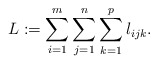
\begin{align*}L:=\sum\limits_{i=1}^m \sum\limits_{j=1}^n \sum\limits_{k=1}^p l_{ijk}. \end{align*}